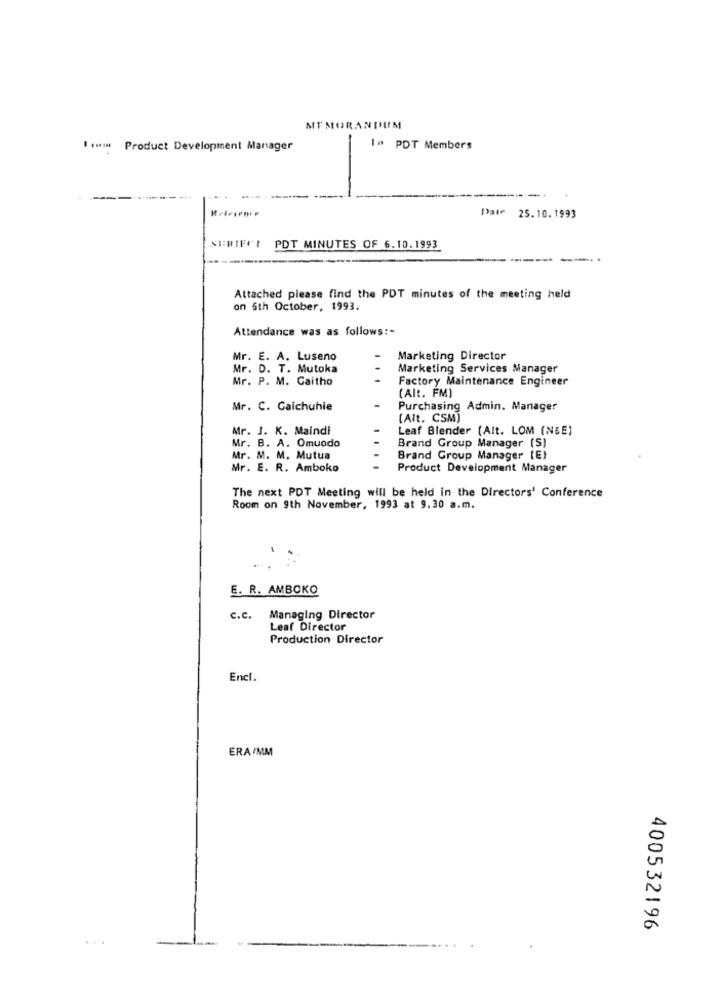
MEMORANDUM
Product Development Manager
1. PDT Members
Dat 25.10.1993
PDT MINUTES OF 6.10.1993
Attached please find the PDT minutes of the meeting held
on 6th October, 1993.
Attendance was as follows :-
Mr. E. A. Luseno
Marketing Director
Mr. D. T. Mutoka
Marketing Services Manager
Mr. P. M. Caitho
Factory Maintenance Engineer
(Alt. FM)
Mr. C. Gaichuhie
Purchasing Admin. Manager
(Alt. CSM)
Mr. J. K. Maindi
Leaf Blender (Alt. LOM (NBE)
1 .
Mr. B. A. Omundo
Brand Group Manager (S)
Mr. M. M. Mutua
Brand Group Manager (E)
Mr. E. R. Amboko
Product Development Manager
The next PDT Meeting will be held in the Directors' Conference
Room on 9th November, 1993 at 9.30 a.m.
E. R. AMBOKO
C.c.
Managing Director
Leaf Director
Production Director
Encl.
ERA/MM
400532196